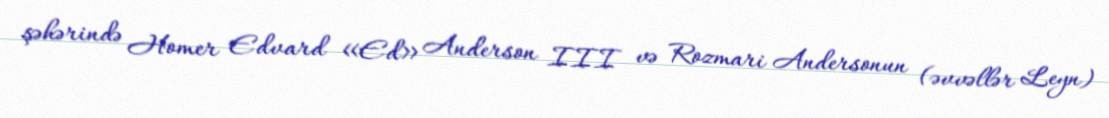
şəhərində Homer Edvard «Ed» Anderson III və Rozmari Andersonun (əvvəllər Leyn)